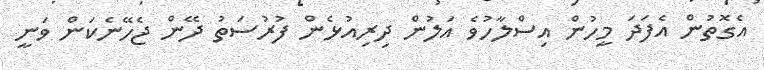
އެގޮތުން އެފަދަ މީހުން އިސްލާހުވެ އަލުން ދިރިއުޅެން ފުރުސަތު ދޭން ޖެހޭނެކަން ވަނީ